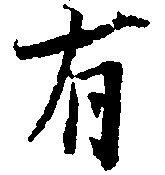
有